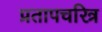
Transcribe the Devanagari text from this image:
प्रतापचरित्र